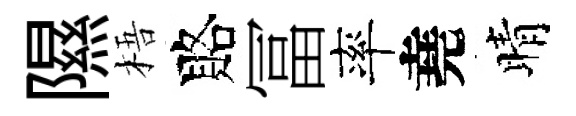
隰梧賂冨率堯晴